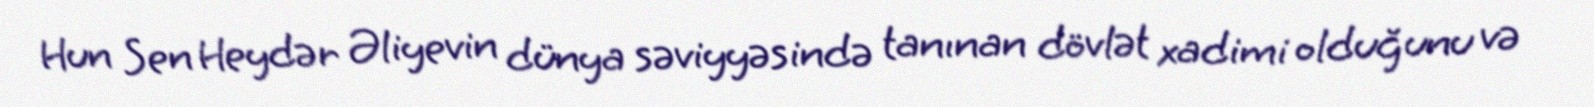
Hun Sen Heydər Əliyevin dünya səviyyəsində tanınan dövlət xadimi olduğunu və